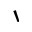
\backprime